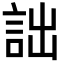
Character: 詘